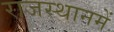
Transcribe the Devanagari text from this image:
राजस्थानमें